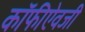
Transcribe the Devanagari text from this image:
कॉफीऐवजी